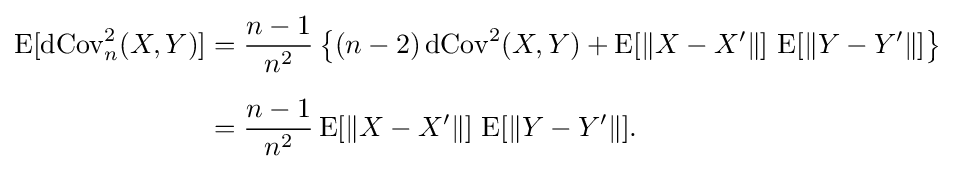
{\begin{aligned}\operatorname {E} [\operatorname {dCov} _{n}^{2}(X,Y)]&={\frac {n-1}{n^{2}}}\left\{(n-2)\operatorname {dCov} ^{2}(X,Y)+\operatorname {E} [\|X-X'\|]\,\operatorname {E} [\|Y-Y'\|]\right\}\\[6pt]&={\frac {n-1}{n^{2}}}\operatorname {E} [\|X-X'\|]\,\operatorname {E} [\|Y-Y'\|].\end{aligned}}